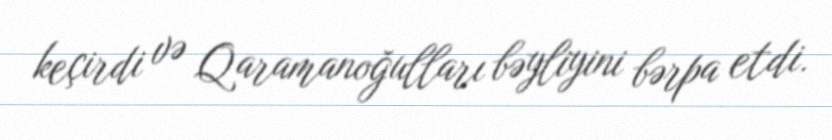
keçirdi və Qaramanoğulları bəyliyini bərpa etdi.